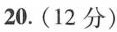
20.(12分)